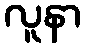
လူနာ